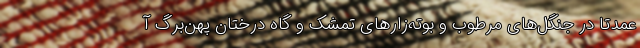
عمدتا در جنگل‌های مرطوب و بوته‌زارهای تمشک و گاه درختان پهن‌برگ آ